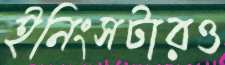
ইনিংসটারও